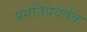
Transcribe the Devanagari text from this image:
प्रगतिप्रवर्तक